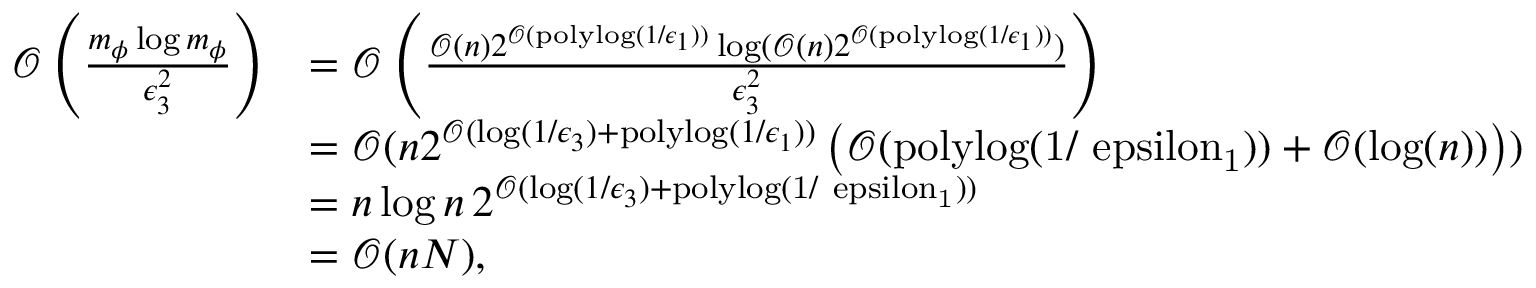
\begin{array} { r l } { \mathcal { O } \left( \frac { m _ { \phi } \log m _ { \phi } } { \epsilon _ { 3 } ^ { 2 } } \right) } & { = \mathcal { O } \left( \frac { \mathcal { O } ( n ) 2 ^ { \mathcal { O } ( \mathrm { p o l y l o g } ( 1 / \epsilon _ { 1 } ) ) } \log ( \mathcal { O } ( n ) 2 ^ { \mathcal { O } ( \mathrm { p o l y l o g } ( 1 / \epsilon _ { 1 } ) ) } ) } { \epsilon _ { 3 } ^ { 2 } } \right) } \\ & { = \mathcal { O } ( n 2 ^ { \mathcal { O } ( \log ( 1 / \epsilon _ { 3 } ) + \mathrm { p o l y l o g } ( 1 / \epsilon _ { 1 } ) ) } \left( \mathcal { O } ( \mathrm { p o l y l o g ( 1 / \ e p s i l o n _ { 1 } ) } ) + \mathcal { O } ( \log ( n ) ) \right) ) } \\ & { = n \log n \, 2 ^ { \mathcal { O } ( \log ( 1 / \epsilon _ { 3 } ) + \mathrm { p o l y l o g ( 1 / \ e p s i l o n _ { 1 } ) } ) } } \\ & { = \mathcal { O } ( n N ) , } \end{array}